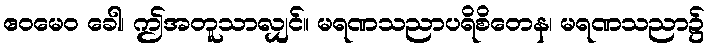
ဧဝမေဝ ခေါ၊ ဤအတူသာလျှင်။ မရဏသညာပရိစိတေန၊ မရဏသညာ၌